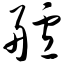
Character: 舻